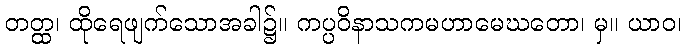
တတ္ထ၊ ထိုရေဖျက်သောအခါ၌။ ကပ္ပဝိနာသကမဟာမေဃတော၊ မှ။ ယာဝ၊